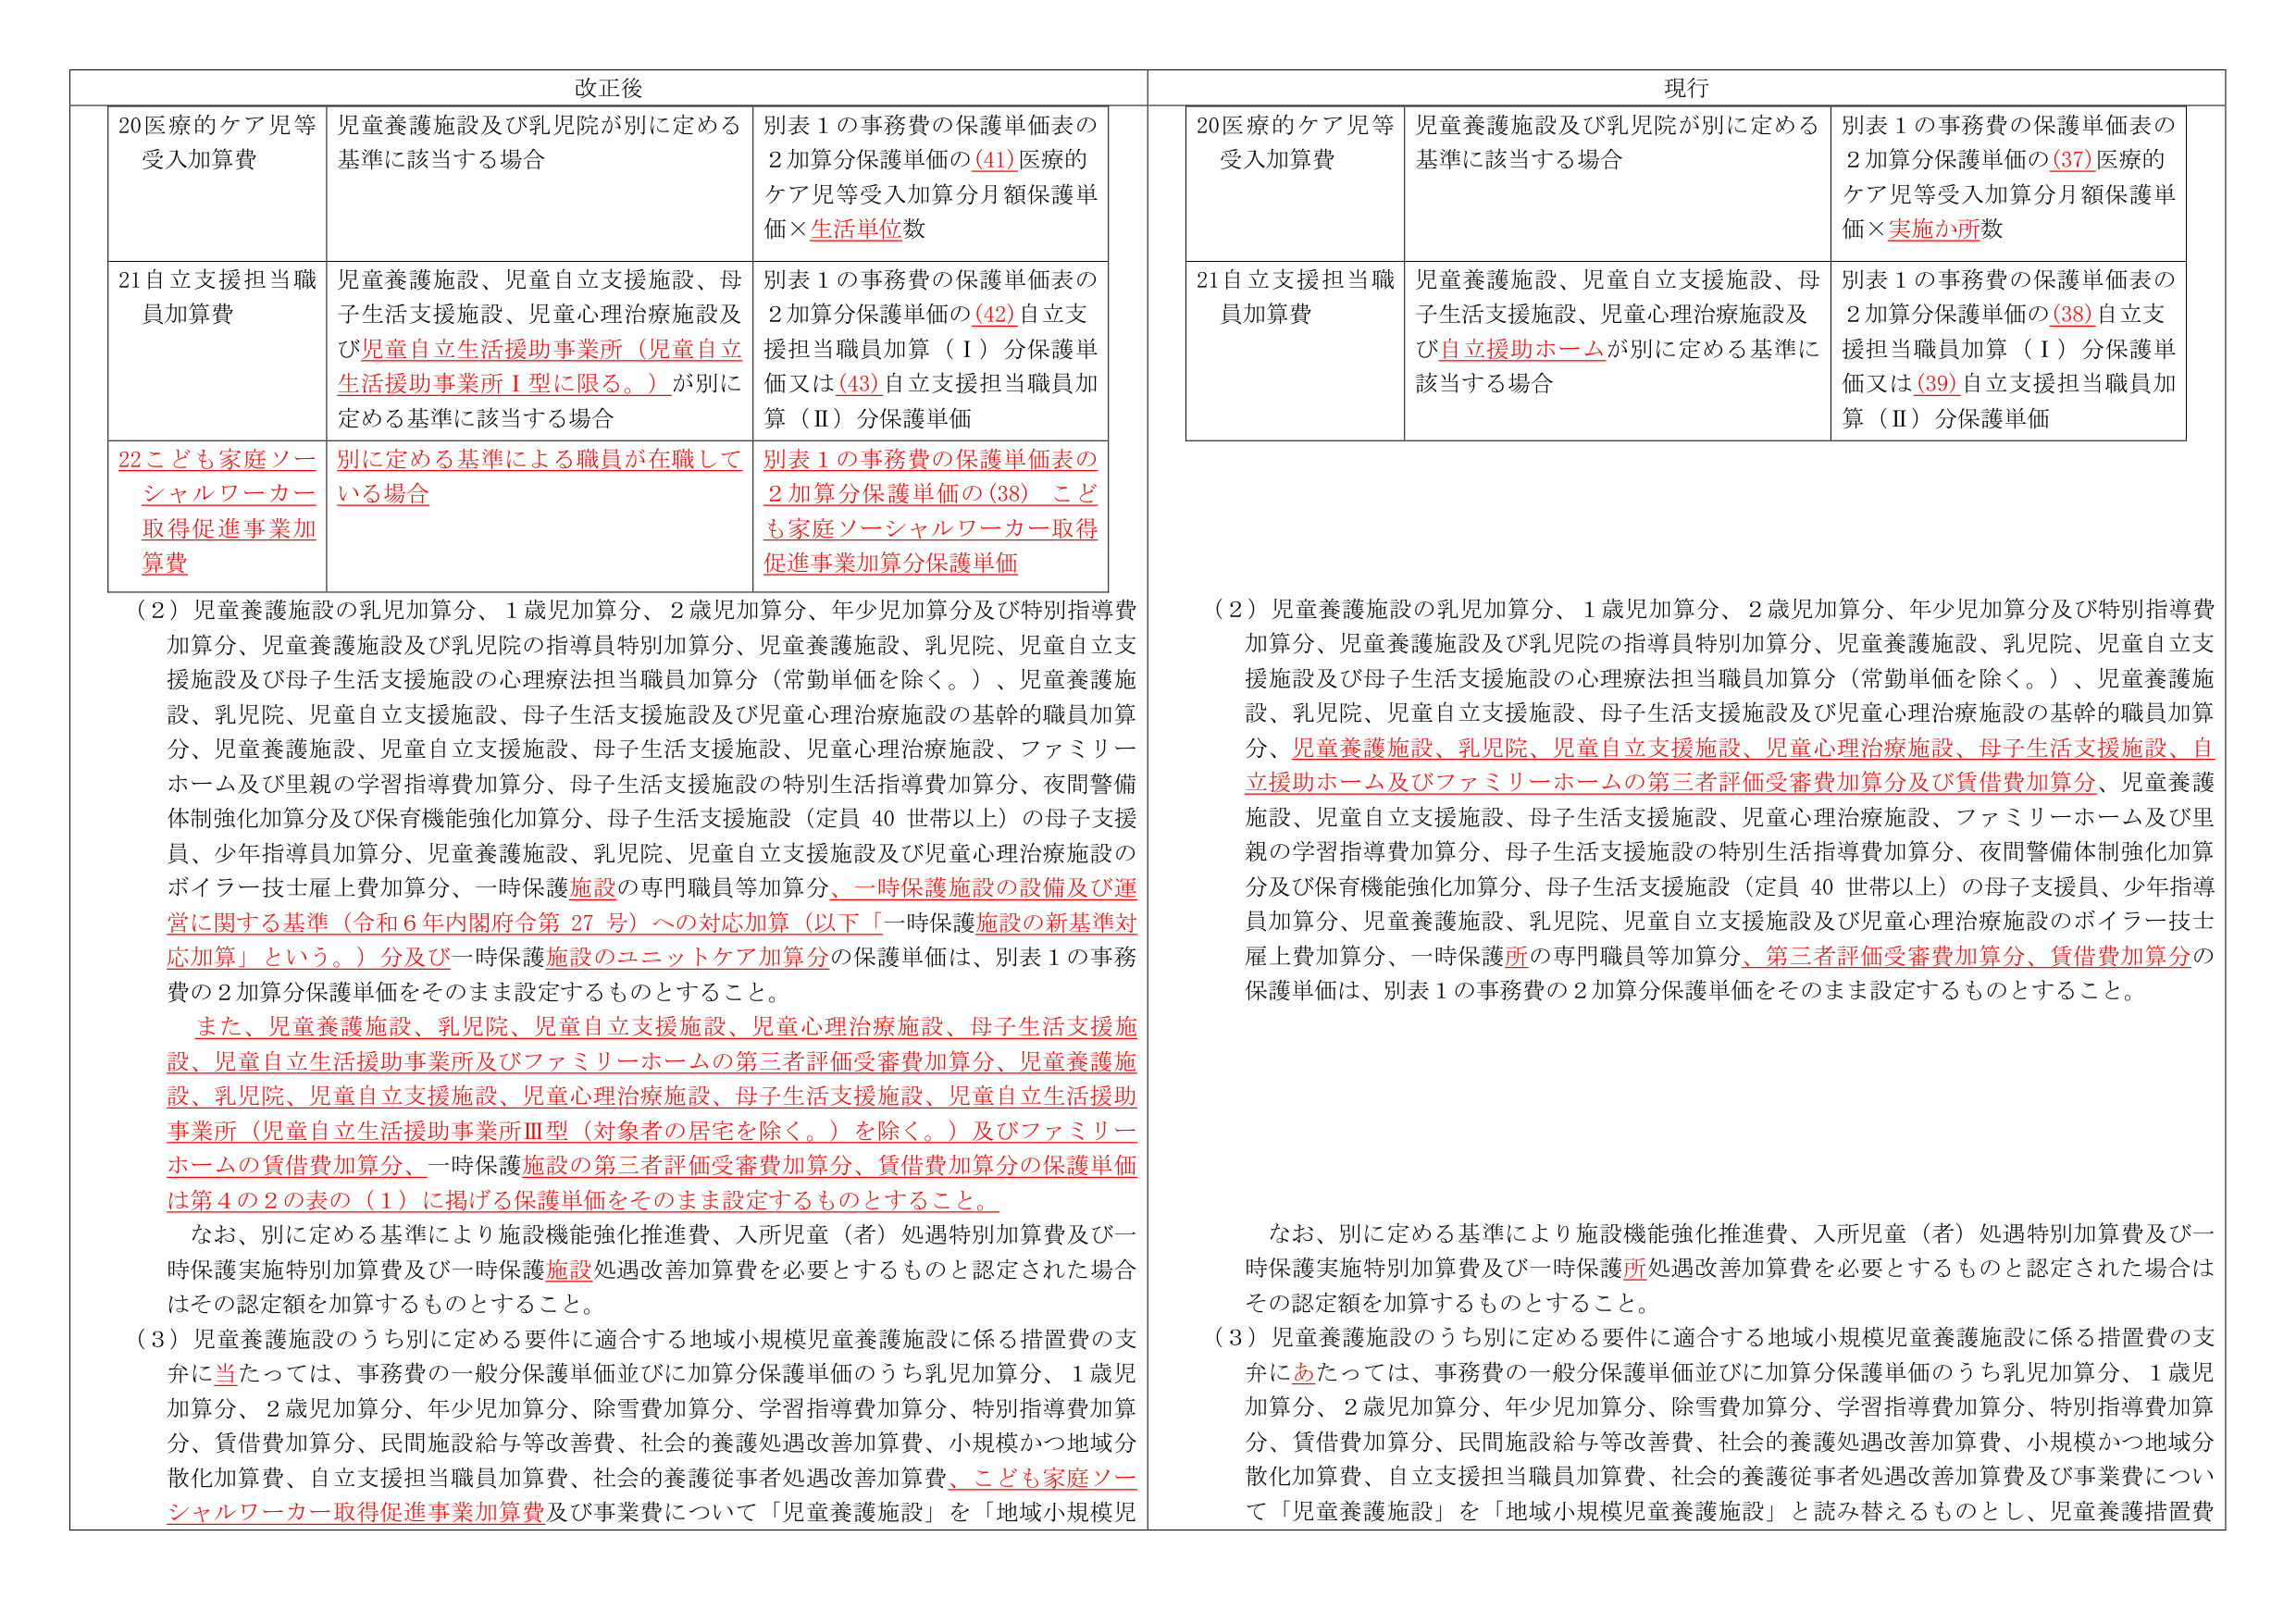
改正後

20医療的ケア児等受入加算費
児童養護施設及び乳児院が別に定める基準に該当する場合
別表１の事務費の保護単価表の２加算分保護単価の(41)医療的ケア児等受入加算分月額保護単価×生活単位数

21自立支援担当職員加算費
児童養護施設、児童自立支援施設、母子生活支援施設、児童心理治療施設及び児童自立生活援助事業所（児童自立生活援助事業所Ⅰ型に限る。）が別に定める基準に該当する場合
別表１の事務費の保護単価表の２加算分保護単価の(42)自立支援担当職員加算（Ⅰ）分保護単価又は(43)自立支援担当職員加算（Ⅱ）分保護単価

22こども家庭ソーシャルワーカー取得促進事業加算費
別に定める基準による職員が在職している場合
別表１の事務費の保護単価表の２加算分保護単価の(38)こども家庭ソーシャルワーカー取得促進事業加算分保護単価

（2）児童養護施設の乳児加算分、1歳児加算分、2歳児加算分、年少児加算分及び特別指導費加算分、児童養護施設及び乳児院の指導員特別加算分、児童養護施設、乳児院、児童自立支援施設及び母子生活支援施設の心理療法担当職員加算分（常勤単価を除く。）、児童養護施設、乳児院、児童自立支援施設、母子生活支援施設及び児童心理治療施設の基幹的職員加算分、児童養護施設、児童自立支援施設、母子生活支援施設、児童心理治療施設、ファミリーホーム及び里親の学習指導費加算分、母子生活支援施設の特別生活指導費加算分、夜間警備体制強化加算分及び保育機能強化加算分、母子生活支援施設（定員40世帯以上）の母子支援員、少年指導員加算分、児童養護施設、乳児院、児童自立支援施設及び児童心理治療施設のボイラー技士雇上費加算分、一時保護施設の専門職員等加算分、一時保護施設の設備及び運営に関する基準（令和6年内閣府令第27号）への対応加算（以下「一時保護施設の新基準対応加算」という。）分及び一時保護施設のユニットケア加算分の保護単価は、別表１の事務費の2加算分保護単価をそのまま設定するものとすること。

また、児童養護施設、乳児院、児童自立支援施設、児童心理治療施設、母子生活支援施設、児童自立生活援助事業所及びファミリーホームの第三者評価受審費加算分、児童養護施設、乳児院、児童自立支援施設、児童心理治療施設、母子生活支援施設、児童自立生活援助事業所（児童自立生活援助事業所Ⅲ型（対象者の居宅を除く。）を除く。）及びファミリーホームの賃借費加算分、一時保護施設の第三者評価受審費加算分、賃借費加算分の保護単価は第4の2の表の（1）に掲げる保護単価をそのまま設定するものとすること。

なお、別に定める基準により施設機能強化推進費、入所児童（者）処遇特別加算費及び一時保護実施特別加算費及び一時保護施設処遇改善加算費を必要とするものと認定された場合はその認定額を加算するものとすること。

（3）児童養護施設のうち別に定める要件に適合する地域小規模児童養護施設に係る措置費の支弁に当たっては、事務費の一般分保護単価並びに加算分保護単価のうち乳児加算分、1歳児加算分、2歳児加算分、年少児加算分、除雪費加算分、学習指導費加算分、特別指導費加算分、賃借費加算分、民間施設給与等改善費、社会的養護処遇改善加算費、小規模かつ地域分散化加算費、自立支援担当職員加算費、社会的養護従事者処遇改善加算費、こども家庭ソーシャルワーカー取得促進事業加算費及び事業費について「児童養護施設」を「地域小規模児

現行

20医療的ケア児等受入加算費
児童養護施設及び乳児院が別に定める基準に該当する場合
別表１の事務費の保護単価表の２加算分保護単価の(37)医療的ケア児等受入加算分月額保護単価×実施か所数

21自立支援担当職員加算費
児童養護施設、児童自立支援施設、母子生活支援施設、児童心理治療施設及び自立援助ホームが別に定める基準に該当する場合
別表１の事務費の保護単価表の２加算分保護単価の(38)自立支援担当職員加算（Ⅰ）分保護単価又は(39)自立支援担当職員加算（Ⅱ）分保護単価

（2）児童養護施設の乳児加算分、1歳児加算分、2歳児加算分、年少児加算分及び特別指導費加算分、児童養護施設及び乳児院の指導員特別加算分、児童養護施設、乳児院、児童自立支援施設及び母子生活支援施設の心理療法担当職員加算分（常勤単価を除く。）、児童養護施設、乳児院、児童自立支援施設、母子生活支援施設及び児童心理治療施設の基幹的職員加算分、児童養護施設、乳児院、児童自立支援施設、児童心理治療施設、母子生活支援施設、自立援助ホーム及びファミリーホームの第三者評価受審費加算分及び賃借費加算分、児童養護施設、児童自立支援施設、母子生活支援施設、児童心理治療施設、ファミリーホーム及び里親の学習指導費加算分、母子生活支援施設の特別生活指導費加算分、夜間警備体制強化加算分及び保育機能強化加算分、母子生活支援施設（定員40世帯以上）の母子支援員、少年指導員加算分、児童養護施設、乳児院、児童自立支援施設及び児童心理治療施設のボイラー技士雇上費加算分、一時保護所の専門職員等加算分、第三者評価受審費加算分、賃借費加算分の保護単価は、別表１の事務費の2加算分保護単価をそのまま設定するものとすること。

なお、別に定める基準により施設機能強化推進費、入所児童（者）処遇特別加算費及び一時保護実施特別加算費及び一時保護所処遇改善加算費を必要とするものと認定された場合はその認定額を加算するものとすること。

（3）児童養護施設のうち別に定める要件に適合する地域小規模児童養護施設に係る措置費の支弁にあたっては、事務費の一般分保護単価並びに加算分保護単価のうち乳児加算分、1歳児加算分、2歳児加算分、年少児加算分、除雪費加算分、学習指導費加算分、特別指導費加算分、賃借費加算分、民間施設給与等改善費、社会的養護処遇改善加算費、小規模かつ地域分散化加算費、自立支援担当職員加算費、社会的養護従事者処遇改善加算費及び事業費について「児童養護施設」を「地域小規模児童養護施設」と読み替えるものとし、児童養護措置費